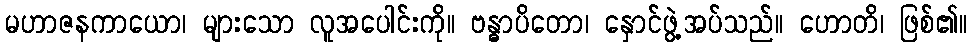
မဟာဇနကာယော၊ များသော လူအပေါင်းကို။ ဗန္ဓာပိတော၊ နှောင်ဖွဲ့အပ်သည်။ ဟောတိ၊ ဖြစ်၏။